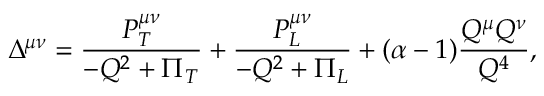
\Delta ^ { \mu \nu } = \frac { { \cal P } _ { T } ^ { \mu \nu } } { - Q ^ { 2 } + \Pi _ { T } } + \frac { { \cal P } _ { L } ^ { \mu \nu } } { - Q ^ { 2 } + \Pi _ { L } } + ( \alpha - 1 ) \frac { Q ^ { \mu } Q ^ { \nu } } { Q ^ { 4 } } ,